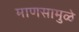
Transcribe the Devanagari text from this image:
माणसामुळे